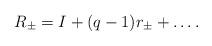
LaTeX: \begin{align*}R_{\pm}=I+(q-1)r_{\pm}+\dots. \end{align*}